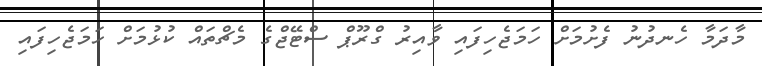
މާދަމާ ހެނދުނު ފެށުމަށް ހަމަޖެހިފައި ވާއިރު ގްރޫޕް ސްޓޭޖްގެ މެޗްތައް ކުޅުމަށް ހަމަޖެހިފައި